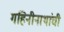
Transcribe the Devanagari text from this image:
गहिनीनाथांची